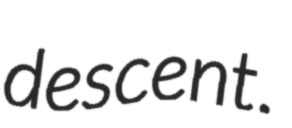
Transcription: descent.